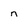
Character: n